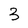
Character: 3